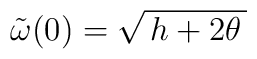
\:\tilde{\omega }(0) = \sqrt{\,h + 2\theta \,}\: